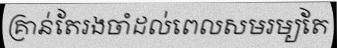
គ្រាន់តែរងចាំដល់ពេលសមរម្យតែ